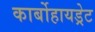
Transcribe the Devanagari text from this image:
कार्बोहायड्रेट